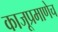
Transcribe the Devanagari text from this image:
काजूप्रमाणेच